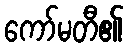
ကော်မတီ၏